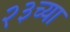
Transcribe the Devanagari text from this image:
२३च्या